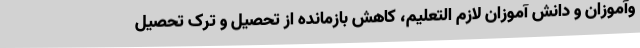
وآموزان و دانش آموزان لازم التعلیم، کاهش بازمانده از تحصیل و ترک تحصیل